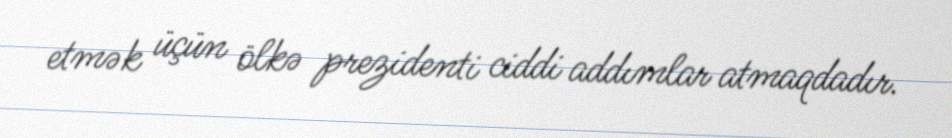
etmək üçün ölkə prezidenti ciddi addımlar atmaqdadır.